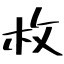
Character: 枚